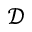
\mathcal { D }